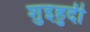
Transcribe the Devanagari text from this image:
शुइहुदी